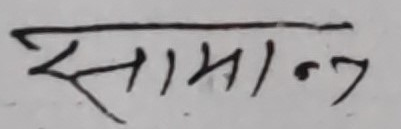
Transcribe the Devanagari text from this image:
सामान्य